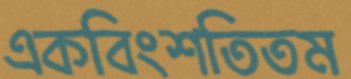
একবিংশতিতম